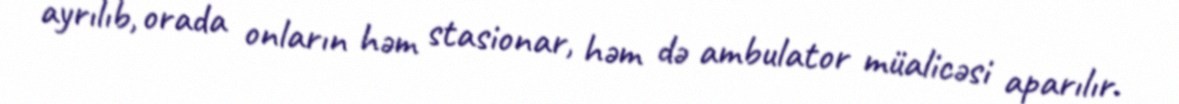
ayrılıb, orada onların həm stasionar, həm də ambulator müalicəsi aparılır.